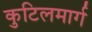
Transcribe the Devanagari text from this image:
कुटिलमार्ग